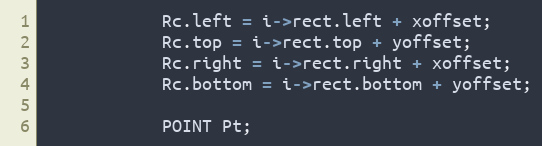
Language: C++
			Rc.left = i->rect.left + xoffset;
			Rc.top = i->rect.top + yoffset;
			Rc.right = i->rect.right + xoffset;
			Rc.bottom = i->rect.bottom + yoffset;

			POINT Pt;